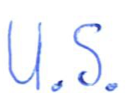
Text: U.S.
Cross-out: clean
Writing tool: ballpoint